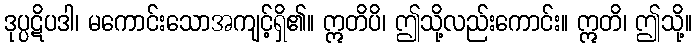
ဒုပ္ပဋိပဒါ၊ မကောင်းသောအကျင့်ရှိ၏။ ဣတိပိ၊ ဤသို့လည်းကောင်း။ ဣတိ၊ ဤသို့။